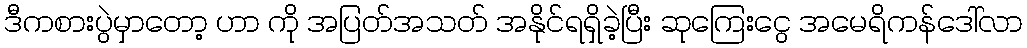
ဒီကစားပွဲမှာတော့ ဟာ ကို အပြတ်အသတ် အနိုင်ရရှိခဲ့ပြီး ဆုကြေးငွေ အမေရိကန်ဒေါ်လာ